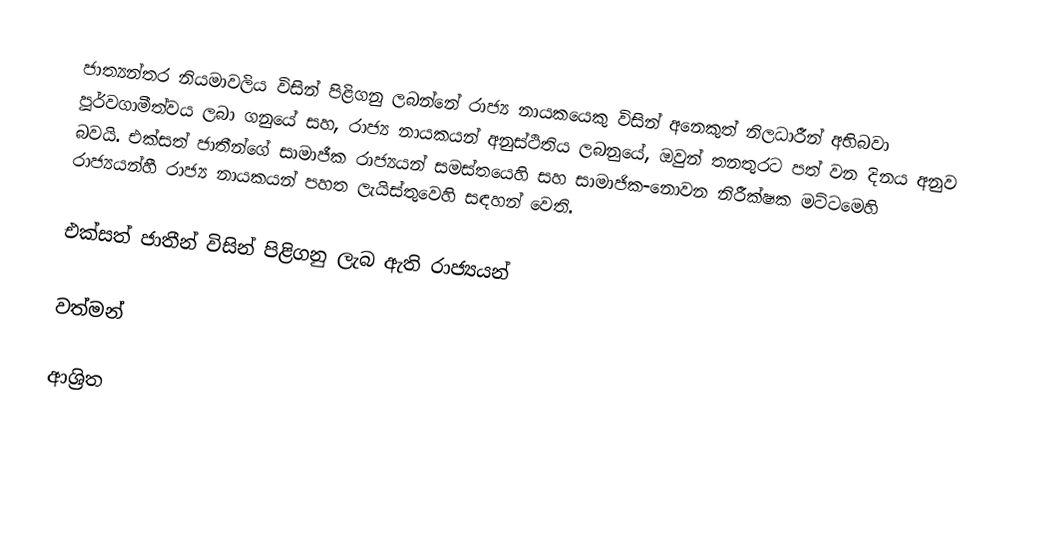
ජාත්‍යන්තර නියමාවලිය විසින් පිළිගනු ලබන්නේ රාජ්‍ය නායකයෙකු විසින් අනෙකුත් නිලධාරීන් අභිබවා පූර්වගාමීත්වය ලබා ගනුයේ සහ, රාජ්‍ය නායකයන් අනුස්ථිතිය ලබනුයේ, ඔවුන් තනතුරට පත් වන දිනය අනුව බවයි.  එක්සත් ජාතීන්ගේ සාමාජීක රාජ්‍යයන් සමස්තයෙහි සහ සාමාජික-නොවන නිරීක්ෂක මට්ටමෙහි රාජ්‍යයන්හී රාජ්‍ය නායකයන් පහත ලැයිස්තුවෙහි සඳහන් වෙති.

එක්සත් ජාතීන් විසින් පිළිගනු ලැබ ඇති රාජ්‍යයන්

වත්මන්

ආශ්‍රිත